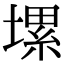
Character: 𡏱